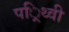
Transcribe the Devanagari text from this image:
पर्िथ्वी